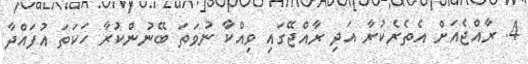
4. ރާއްޖެއަށް އެތެރެކުރާ އަދި ރާއްޖޭގައި ވިއްކާ ނުވަތަ ބޭނުންކުރާ ހަކަތަ އުފައްދާ